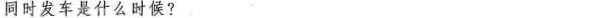
同时发车是什么时候?